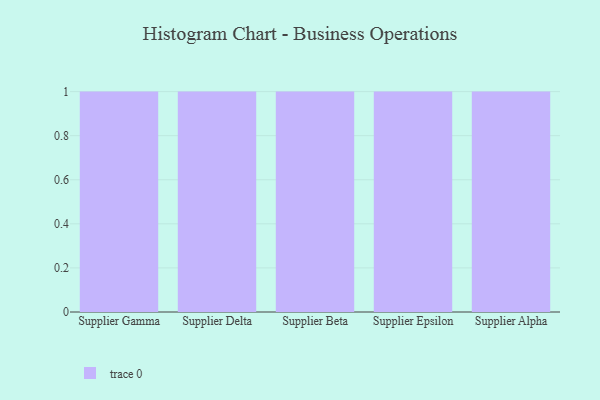
{"axis": {"x": "Supplier", "y": "Net Income (USD K)"}, "legend": [""], "data": [{"x": "Supplier Gamma", "y": 41, "type": ""}, {"x": "Supplier Delta", "y": 63, "type": ""}, {"x": "Supplier Beta", "y": 26, "type": ""}, {"x": "Supplier Epsilon", "y": 53, "type": ""}, {"x": "Supplier Alpha", "y": 77, "type": ""}]}